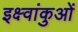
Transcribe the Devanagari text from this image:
इक्ष्वांकुओं